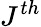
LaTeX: J^{th}